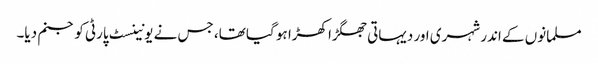
مسلمانوں کے اندر شہری اور دیہاتی جھگڑا کھڑا ہو گیا تھا، جس نے یونینسٹ پارٹی کو جنم دیا۔